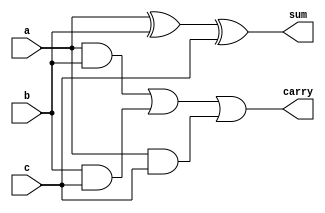
module full_adder (
    input wire a,
    input wire b,
    input wire c,
    output wire sum,
    output wire carry
);
    assign sum = a ^ b ^ c;   // Sum calculation
    assign carry = (a & b) | (b & c) | (a & c); // Carry calculation
endmodule